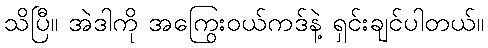
သိပြီ။ အဲဒါကို အကြွေးဝယ်ကဒ်နဲ့ ရှင်းချင်ပါတယ်။